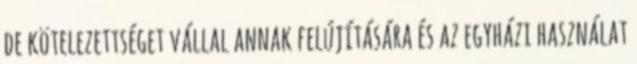
de kötelezettséget vállal annak felújítására és az egyházi használat